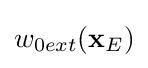
w_{0ext}(\mathbf {x} _{E})